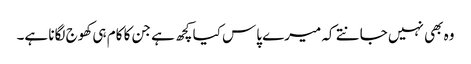
وہ بھی نہیں جانتے کہ میرے پاس کیا کچھ ہے جن کا کام ہی کھوج لگانا ہے۔